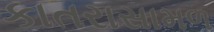
કાતરાસામળ